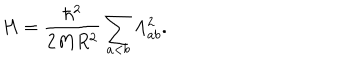
LaTeX: H = \frac { \hbar ^ { 2 } } { 2 M R ^ { 2 } } \sum _ { a < b } \Lambda _ { a b } ^ { 2 } .